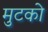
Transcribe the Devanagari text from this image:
मुटको